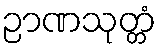
ဉာဏသုတ္တံ